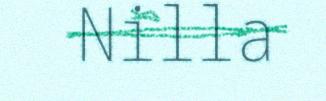
Nilla